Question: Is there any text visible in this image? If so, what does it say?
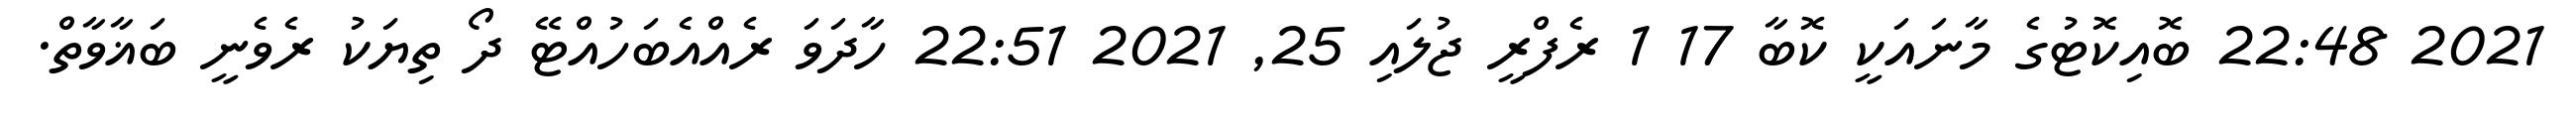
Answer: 2021 22:48 ބޮއިކޮޓުގެ މާނައަކީ ކޮބާ 17 1 ރެފްރީ ޖުލައި 25, 2021 22:51 ހާދަވަ ރެއްއެބަހުއްޓޭ ދޯ ތިޔަކު ރެވެނީ ބަޣާވާތް.